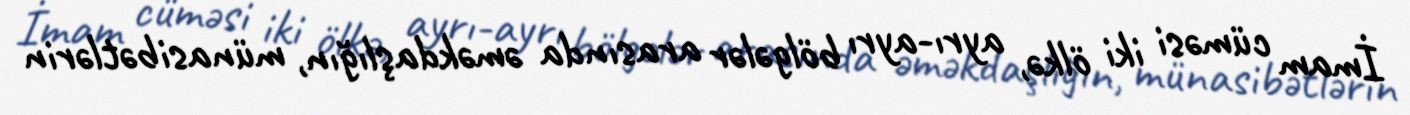
İmam cüməsi iki ölkə, ayrı-ayrı bölgələr arasında əməkdaşlığın, münasibətlərin